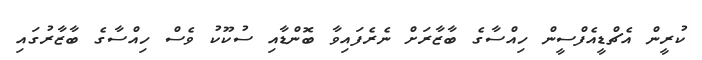
ކުރީން އެޗްޑީއެފްސީން ހިއްސާގެ ބާޒާރަށް ނެރެފައިވާ ބޮންޑާއި ސުކޫކު ވެސް ހިއްސާގެ ބާޒާރުގައި